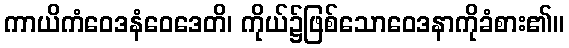
ကာယိကံဝေဒနံဝေဒေတိ၊ ကိုယ်၌ဖြစ်သောဝေဒနာကိုခံစား၏။